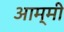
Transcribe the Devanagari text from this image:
आम्मी